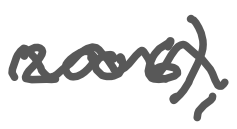
Text: 2006),
Cross-out: wave
Writing tool: digital_gray